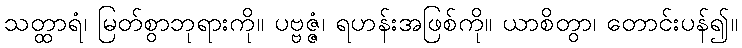
သတ္ထာရံ၊ မြတ်စွာဘုရားကို။ ပဗ္ဗဇ္ဇံ၊ ရဟန်းအဖြစ်ကို။ ယာစိတွာ၊ တောင်းပန်၍။